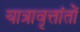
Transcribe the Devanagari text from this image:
यात्रावृत्तांतों